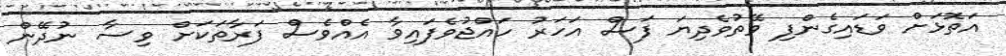
އަތޮޅަށް ވަޑައިގެންފި ވޭތުވެދިޔަ ފަސް އަހަރު ހައްޖުވެފައިވާ އެއްވެސް ފަރާތަކަށް ވިސާ ނުދޭން